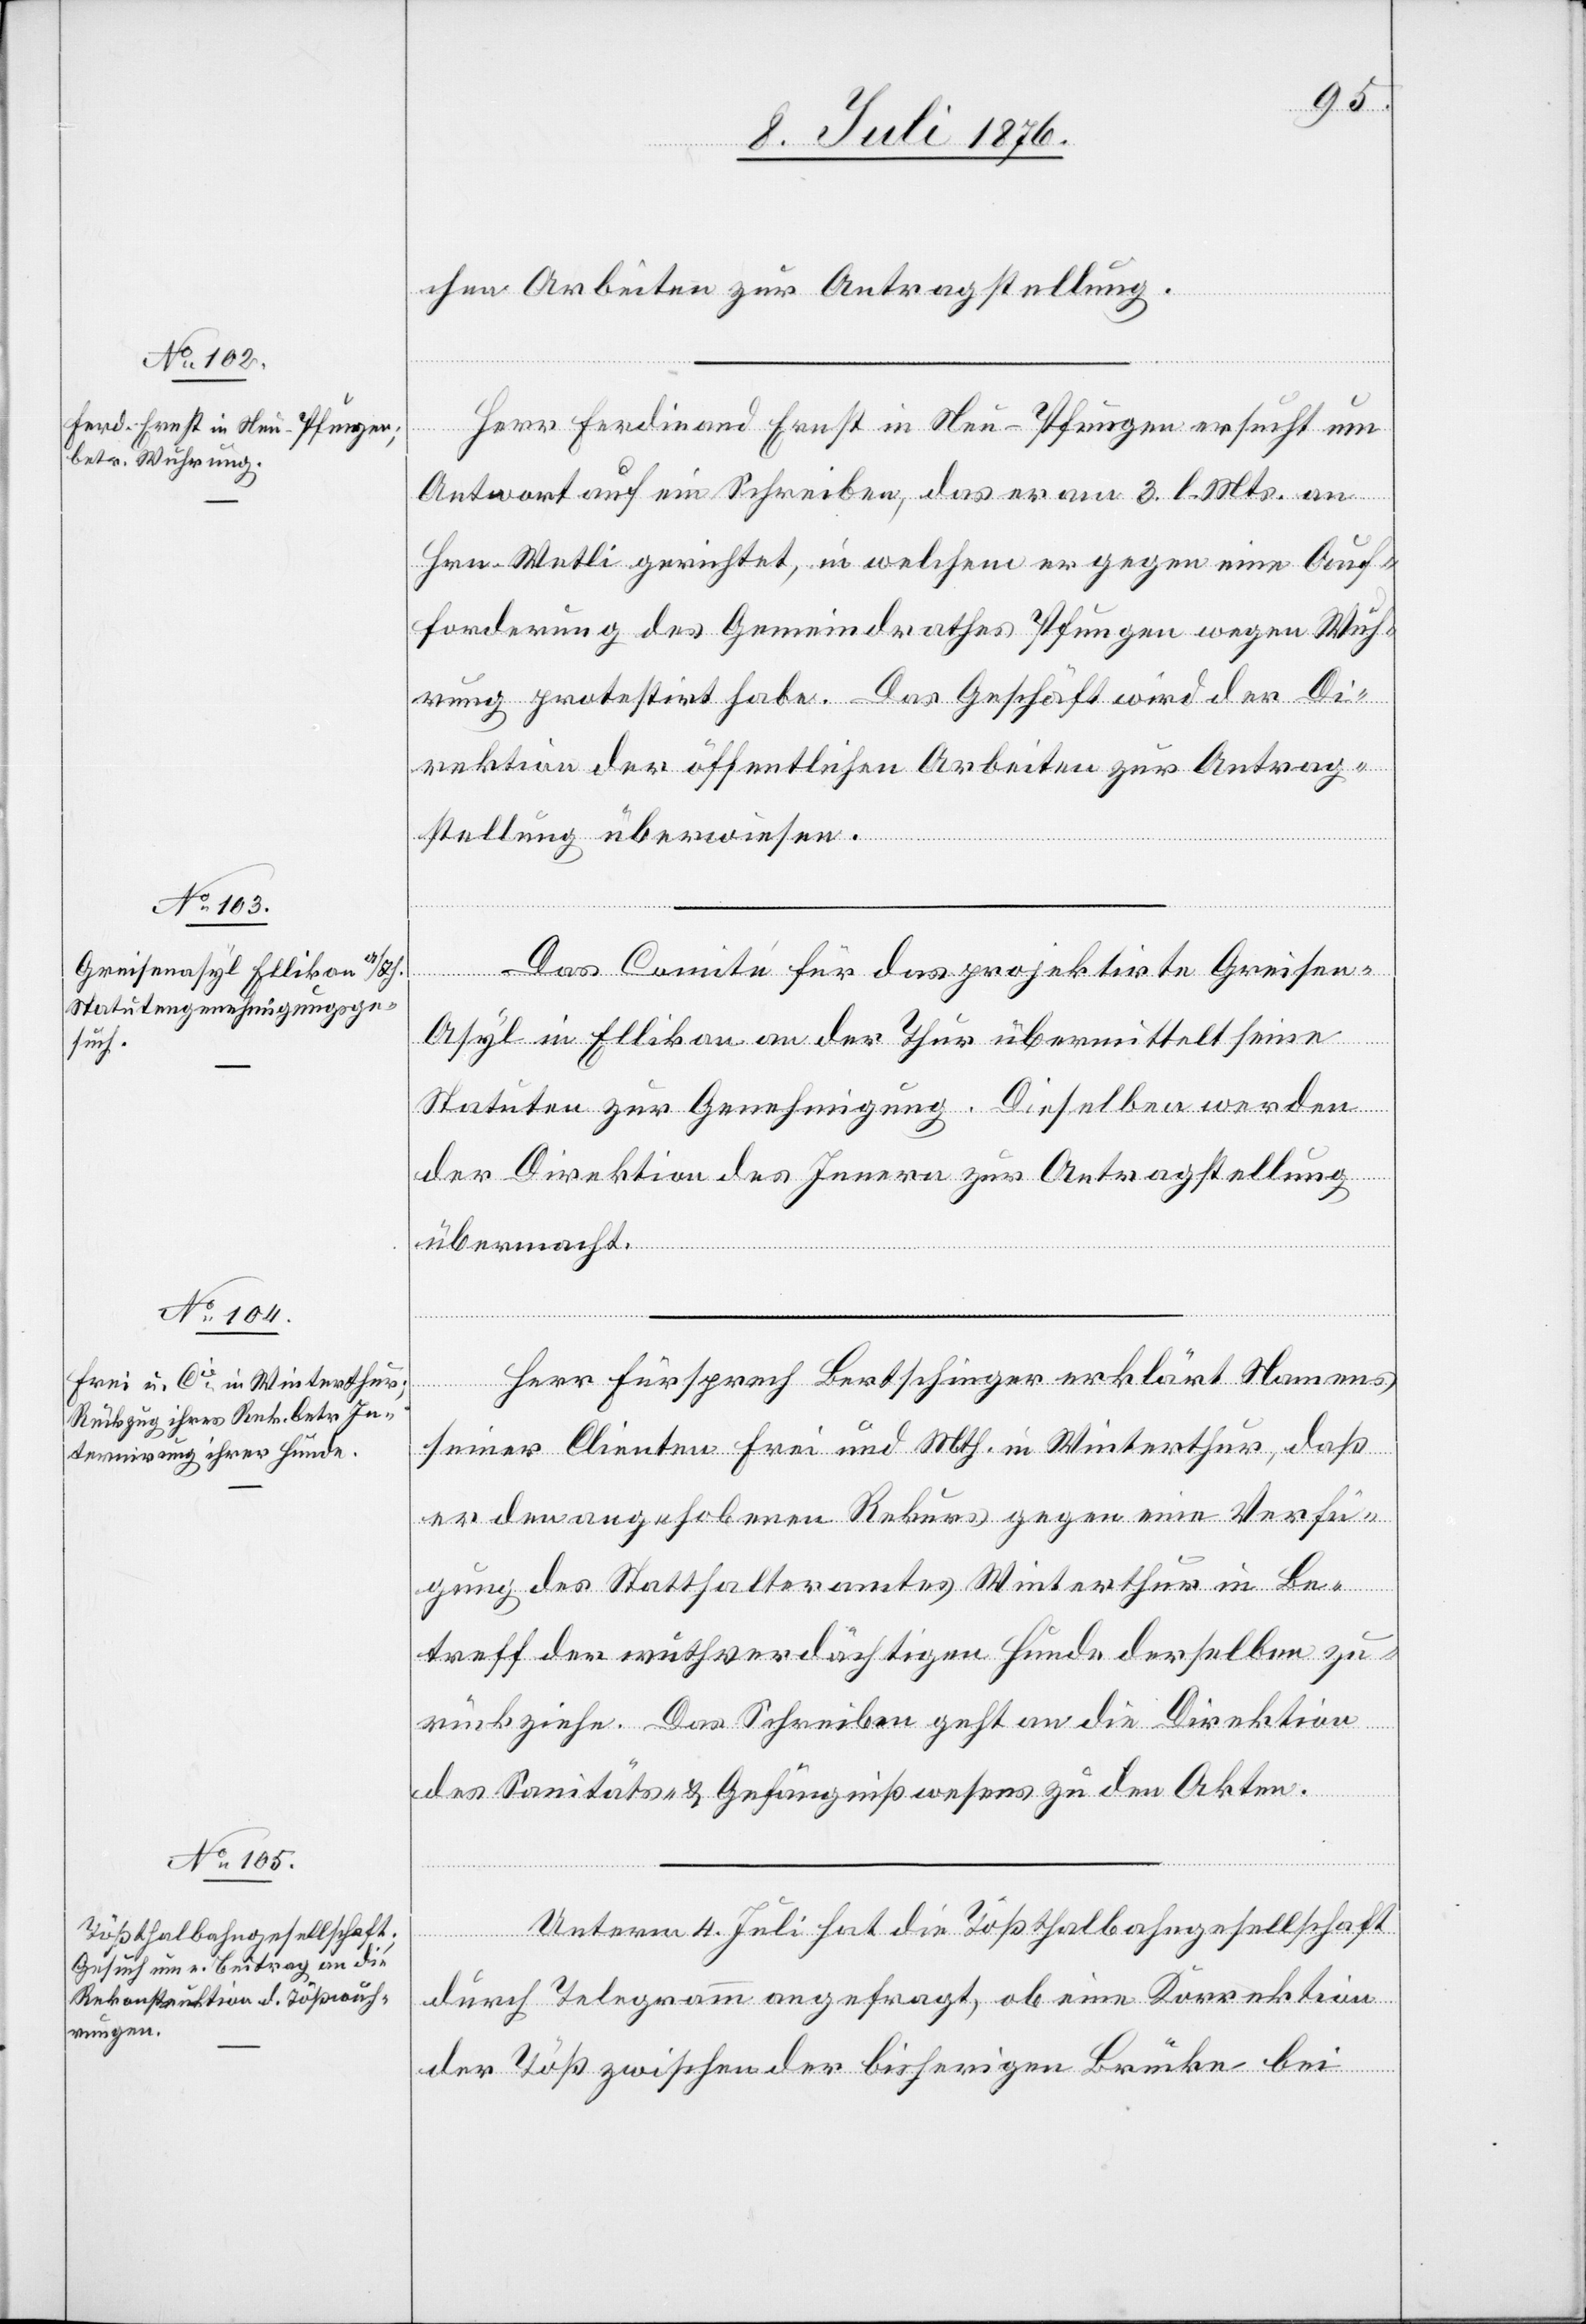
11. Juli 1876.]
chen Arbeiten zur Antragstellung.
Herr Ferdinand Ernst in Neu-Pfungen ersucht um
Antwort auf ein Schreiben, das er am 3. l. Mts. an
Hrn. Wetli gerichtet, in welchem er gegen eine Auf¬
forderung des Gemeindrathes Pfungen wegen Wuh¬
rung protestirt habe. Das Geschäft wird der Di¬
rektion der öffentlichen Arbeiten zur Antrag¬
stellung überwiesen.
Das Comité für das projektirte Greisen-A¬
syl in Ellikon an der Thur übermittelt seine
Statuten zur Genehmigung. Dieselben werden
der Direktion des Innern zur Antragstellung
übermacht.
Herr Fürsprech Bertschinger erklärt Namens
seiner Clienten Frei und Mth. in Winterthur, das
er den angehobenen Rekurs gegen eine Verfü¬
gung des Statthalteramtes Winterthur in Be¬
treff der wuthverdächtigen Hunde derselben zu¬
rückziehe. Das Schreiben geht an die Direktion
des Sanitäts- und Gefängnißwesens zu den Akten.
Unterm 4. Juli hat die Tößthalbahngesellschaft
durch Telegramm angefragt, ob eine Korrektion
der Töß zwischen der bisherigen Brücke bei